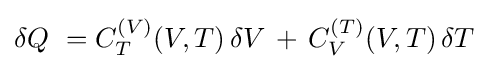
\delta Q\ =C_{T}^{(V)}(V,T)\,\delta V\,+\,C_{V}^{(T)}(V,T)\,\delta T